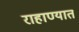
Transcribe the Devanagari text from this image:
राहाण्यात